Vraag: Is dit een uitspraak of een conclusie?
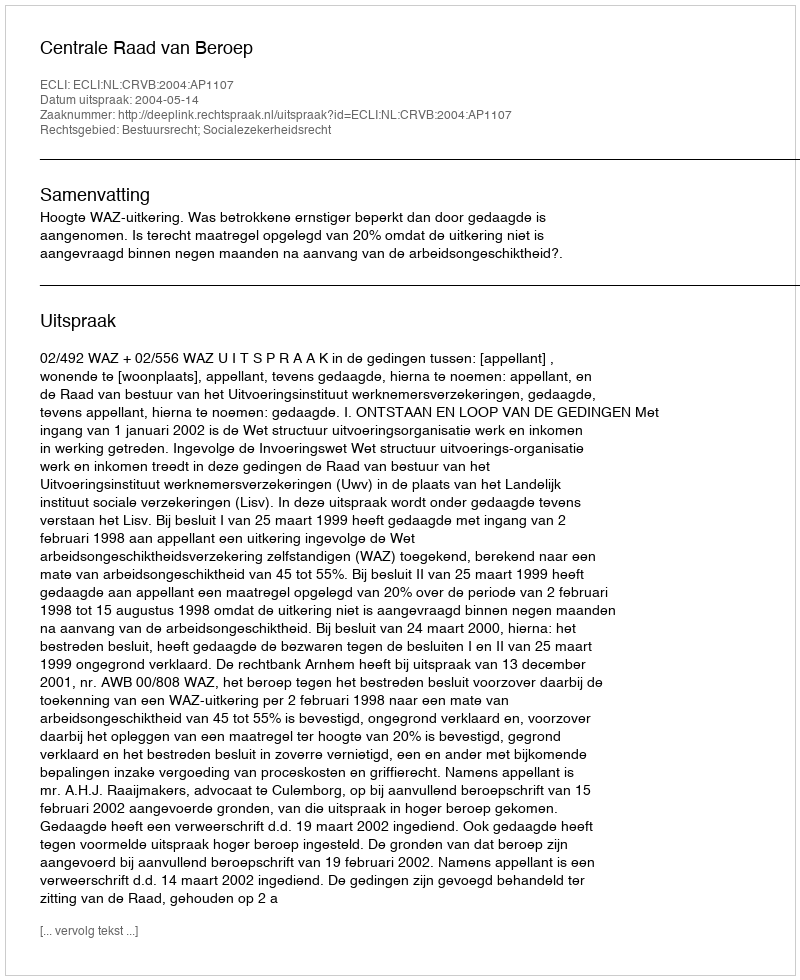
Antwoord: Uitspraak